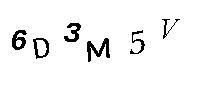
6D3M5V